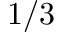
1 / 3